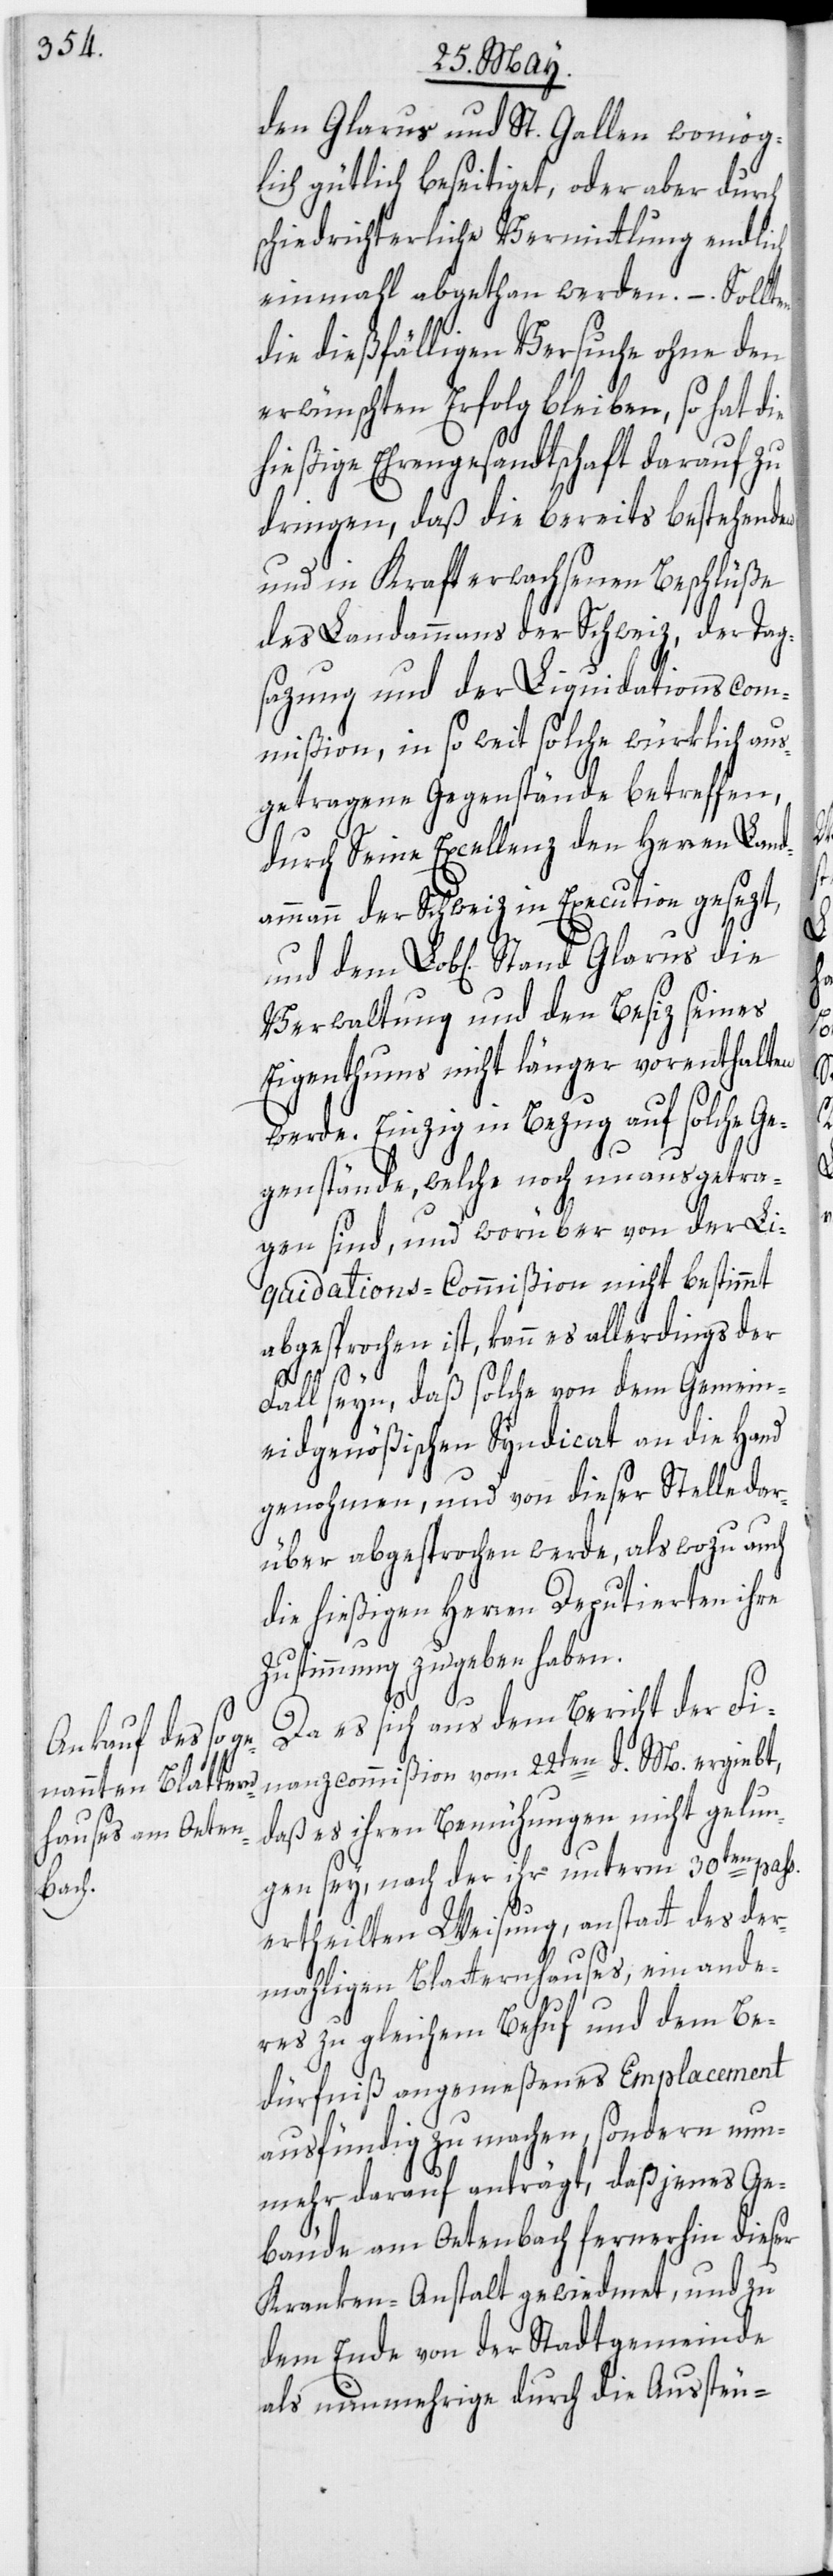
den Glarus und St. Gallen womög¬
lich gütlich beseitiget, oder aber durch
schiedrichterliche Vermittlung endlich
einmahl abgethan werden. – Sollten
die dießfälligen Versuche ohne den
erwünschten Erfolg bleiben, so hat die
hießige Ehrengesandtschaft darauf zu
dringen, daß die bereits bestehenden
und in Kraft erwachsenen Beschlüße
des Landammanns der Schweiz, der Tag¬
sazung und der Liquidationscom¬
mißion, in so weit solche würklich aus¬
getragene Gegenstände betreffen,
durch Seine Excellenz den Herren Land¬
ammann der Schweiz in Execution gesezt,
Verwaltung und den Besiz seines
Eigenthums nicht länger vorenthalten
werde. Einzig in Bezug auf solche Ge¬
genstände, welche noch unausgetra¬
gen sind, und worüber von der Li¬
quidations-Commißion nicht bestimmt
abgesprochen ist, kann es allerdings der
Fall seyn, daß solche von dem Gemein¬
eidgenößischen Syndicat an die Hand
genohmen, und von dieser Stelle dar¬
über abgesprochen werde, als wozu auch
die hießigen Herren Deputierten ihre
Zustimmung zu geben haben.
Da es sich aus dem Bericht der Fi¬
nanzcommißion vom 22ten d. M. ergiebt,
daß es ihren Bemühungen nicht gelun¬
gen sey, nach der ihr unterm 30ten pass.
ertheilten Weisung, anstatt des der¬
mahligen Blatternhauses, ein ande¬
res zu gleichem Behuf und dem Be¬
dürfniß angemeßenes Emplacement
ausfündig zu machen, sondern nun¬
mehr darauf anträgt, daß jenes Ge¬
bäude am Oetenbach fernerhin dieser
Kranken-Anstalt gewiedmet, und zu
dem Ende von der Stadtgemeinde
als nunmehrige durch die Aussteu-